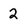
Character: 2